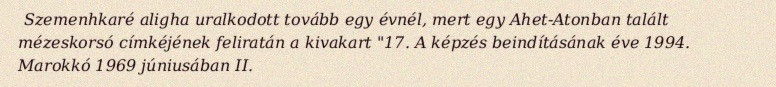
Szemenhkaré aligha uralkodott tovább egy évnél, mert egy Ahet-Atonban talált mézeskorsó címkéjének feliratán a kivakart "17. A képzés beindításának éve 1994. Marokkó 1969 júniusában II.